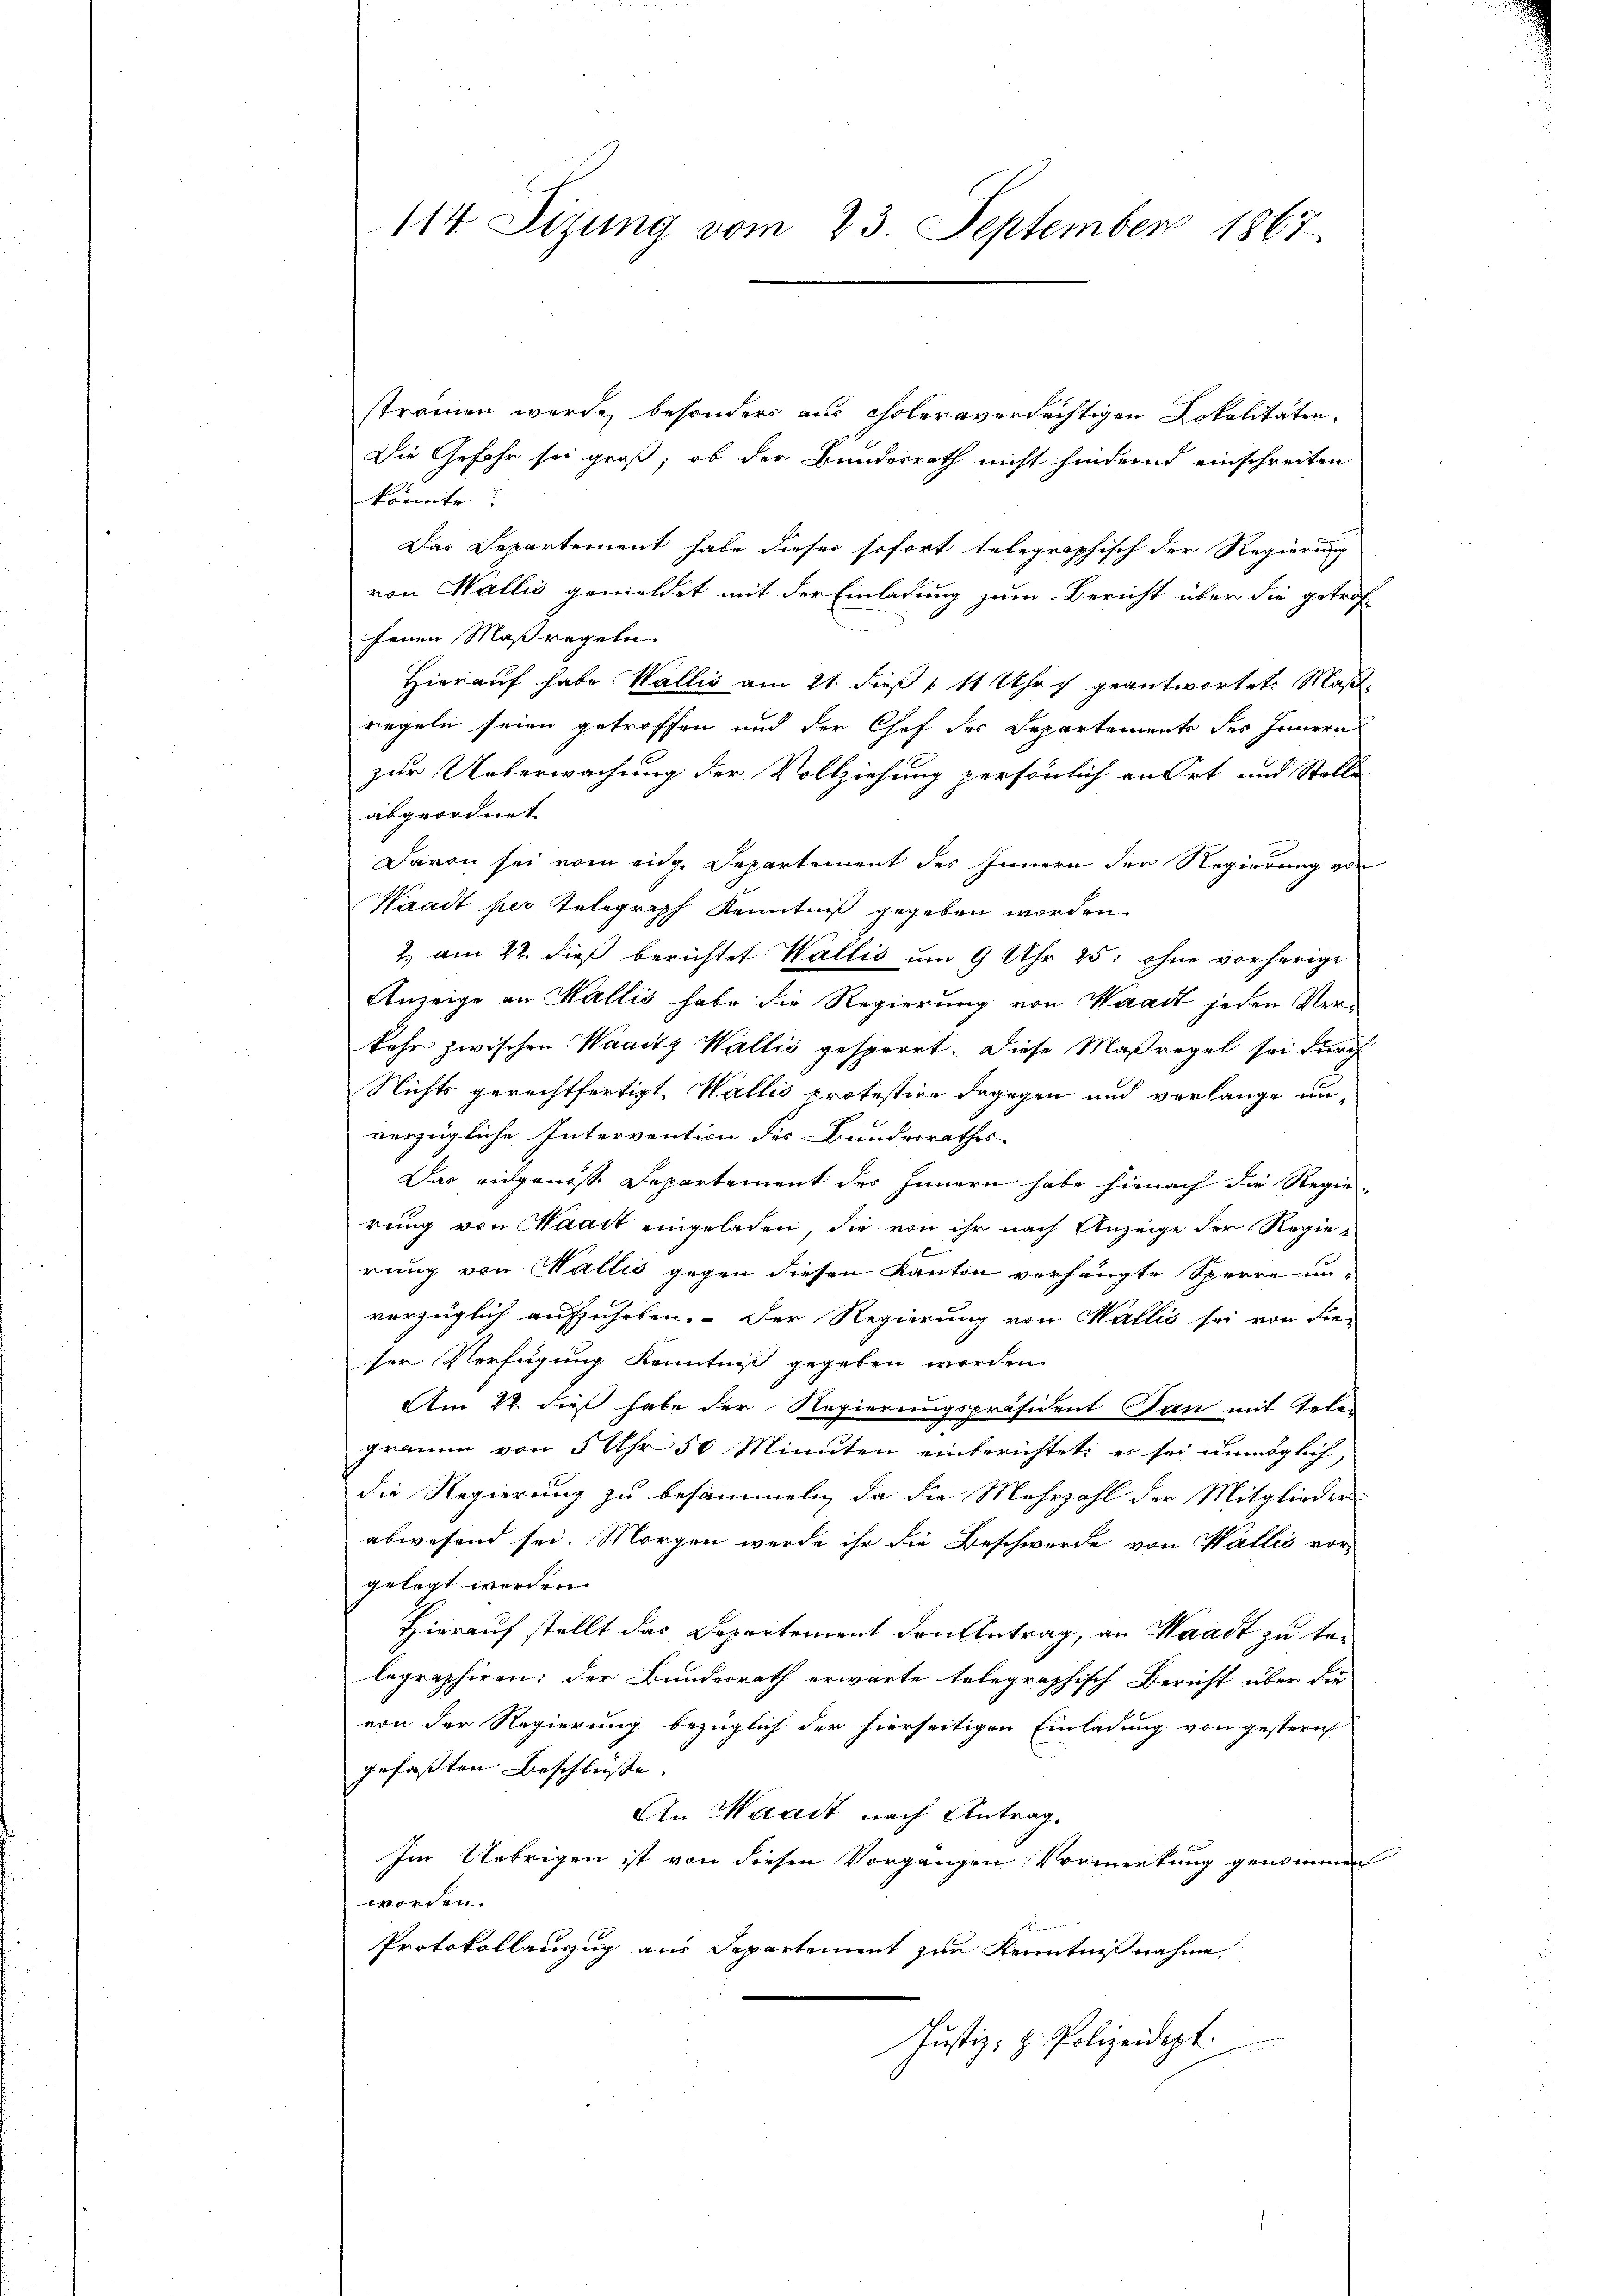
stromen werde, besonders aus Choleraverdächtigen Lokalitäten,
Die Gefahr sei groß, ob der Bundesrath nicht hindernd einschreiten
könnte.
Das Departement habe dieser sofort telegraphisch der Regierung
von Wallis gemeldet mit der Einladung zum Bericht über die getrof
fenen Maßregeln
Hierauf habe Wallis am 21. dieß 1 11 Uhr geantwortet. Maßregeln seien getroffen und der Chef des Departemente des Innern
zur Ueberwachung der Vollziehung persönlich an Ort und Stolle
abgeordnet.
Davon sei vom eidg. Departement des Innern der Regierung von
Waadt per Telegraph Kenntniß gegeben worden.
2. am 22. dieß berichtet Wallis um 9 Uhr 25: ohne vorherige
Anzeige an Wallis habe die Regierung von Waadt jeden Verkehr zwischen Waadtz Wallis gesperrt. Diese Maßregel sei durch
Nichts gerechtfertigt. Wallis protestien dagegen und verlange un-
verzügliche Intervention des Bundesrathes.
Das eingenosse Departement des Innern habe hienach die Regie-
rung von Maait eingeladen, die von ihr nach Anzeige der Regiex
rung von Wallis gegen diesen Kanton verhängte Sperre un-
vorzüglich aufzuheben. Der Regierung von Wallis sei von die-
ser Verfügung Kenntniß gegeben worden.
Am 22. dieß habe der Regierungspräsident dan mit Tele-
graum von 5 Uhr 50 Minuten einberichtet, es sei unmöglich,
die Regierung zu besammeln, da die Mehrzahl der Mitglieder
abwesend sei. Morgen werde ihr die Beschwerde von Wallis vor-
gelegt werden.
Hierauf stellt das Departement den Antrag, an Waadt zu belegraphiren: der Bundesrath erwarte telegraphisch Bericht über die
von der Regierung bezüglich der hierseitigen Einladung von gestern
gefaßten Beschlüsse.
An Waadt nach Antrag.
Im Uebrigen ist von diesen Vorgangen Vormerkung genommen
worden.
Protokollauszug aus Departement zur Kenntnißnahme,
Justiz; z. Polizeidept.

114. Sizung vom 23. September 1867